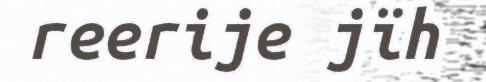
reerije jïh